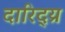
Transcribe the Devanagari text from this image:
दारिद्य्र